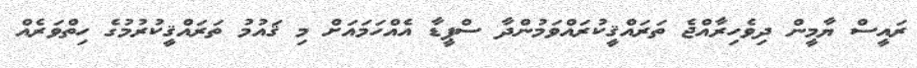
ރައީސް ޔާމީން ދިވެހިރާއްޖެ ތަރައްޤީކުރައްވަމުންދާ ސްޕީޑާ އެއްހަމައަށް މި ޤައުމު ތަރައްޤީކުރުމުގެ ހިތްވަރެއް